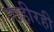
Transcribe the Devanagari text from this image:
जाहीरही